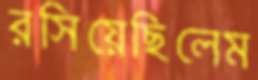
রসিয়েছিলেম